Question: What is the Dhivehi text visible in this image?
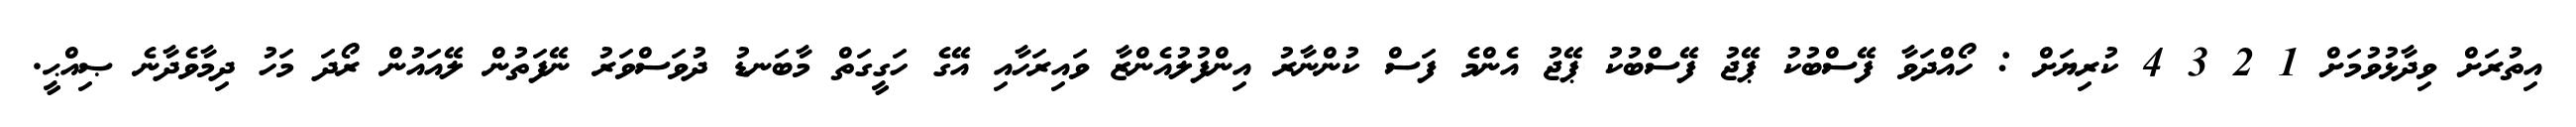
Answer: އިތުރަށް ވިދާޅުވުމަށް 1 2 3 4 ކުރިޔަށް : ހޯއްދަވާ ފޭސްބުކު ޕޭޖު ފޭސްބުކު ޕޭޖު އެންމެ ފަސް ކުންނާރު އިންފުލުއެންޒާ ވައިރަހާއި އޭގެ ހަގީގަތް މާބަނޑު ދުވަސްވަރު ނޭފަތުން ލޭއައުން ރޯދަ މަހު ދިމާވެދާނެ ޞިއްޙީ.